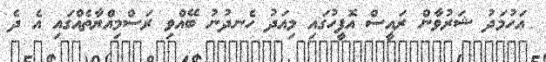
އަހުމަދު ޝަރުވާން ރައީސް އޮފީހުގައި މިއަދު ހެނދުނު ބޭއްވި ރަސްމިއްޔާތެއްގައި އެ ދެ